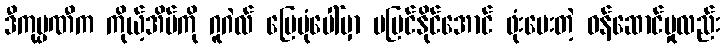
ဒီကုမ္ပဏီက ကိုယ့်အိမ်ကို ဂူဂဲလ် မြေပုံပေါ်မှာ မမြင်နိုင်အောင် ဖုံးပေးတဲ့ ဝန်ဆောင်မှုလည်း